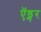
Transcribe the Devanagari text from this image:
ऍड्गर